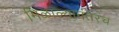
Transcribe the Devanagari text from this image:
मिळाल्यानंतरच